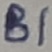
Text: B1